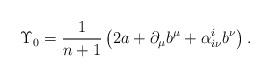
LaTeX: \begin{align*} \Upsilon_0= \frac{1}{n+1}\left(2a +\partial_\mu b^\mu + \alpha^i_{i\nu}b^\nu\right). \end{align*}